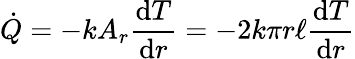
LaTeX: {\dot{Q}}=-kA_{r}{\frac{\mathrm{d}T}{\mathrm{d}r}}=-2k\pi r\ell{\frac{\mathrm{d}T}{\mathrm{d}r}}